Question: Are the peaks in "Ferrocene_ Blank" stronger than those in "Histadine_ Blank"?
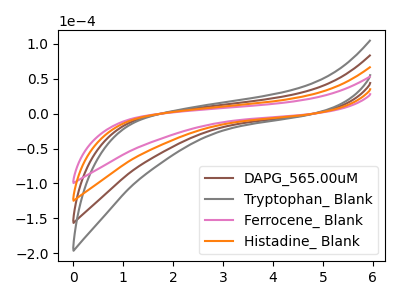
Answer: <think>The brown curve "DAPG_565.00uM" has no peaks. The gray curve "Tryptophan_ Blank" has no peaks. The pink curve "Ferrocene_ Blank" has no peaks. The orange curve "Histadine_ Blank" has no peaks.</think>
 <answer>Niether CV has any peaks.</answer>
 <eval>blanks</eval>